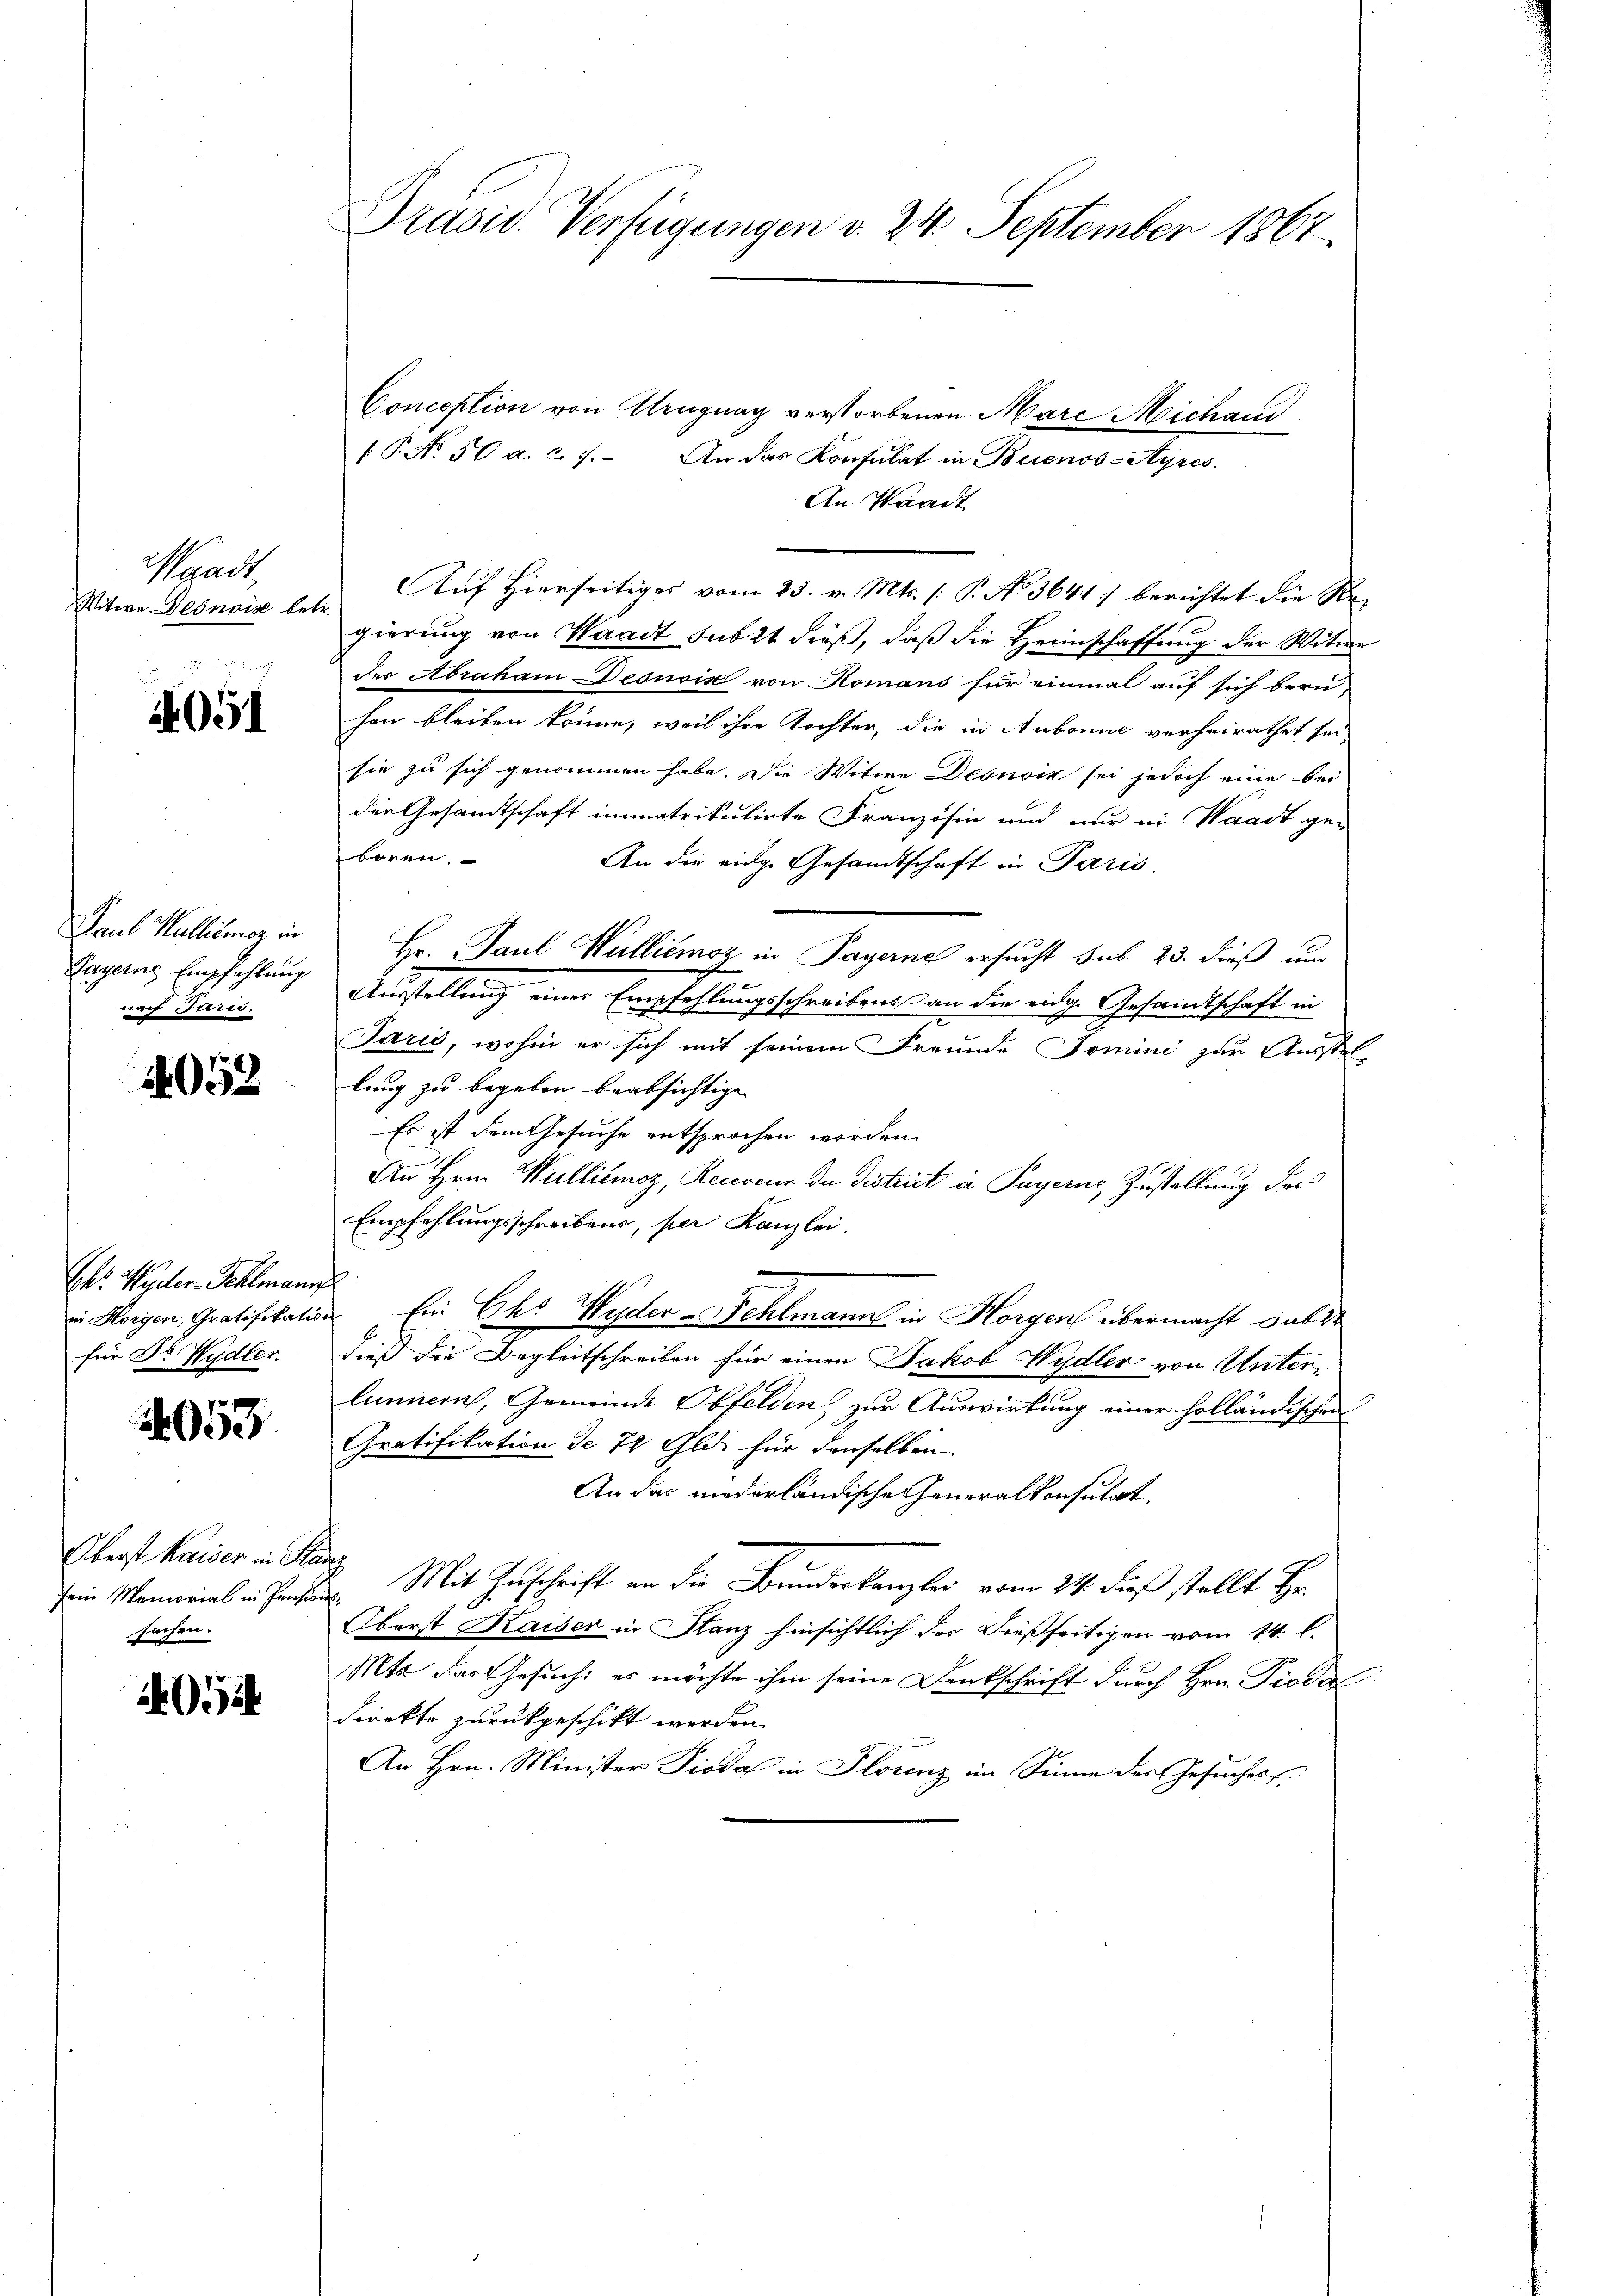
Waadt,
Witwe Desnois betr.

051

Paul Kallimoz in
Payern Empfehlung
nach Paris.

4052

El: Wider-Sehlmann
für Dr. Wydler.

2053

Oberst Kaiser in Kanz
sein Memorial in Pensio
sachen.

i

Präsid. Verfügungen v. 24. September 1867.

Conception von Uruguay verstorbenen Marc Michani
(P. Nr. 50 a. c. 7. An das Konsulat in Buenos-Ayres.
An Waadt
Auf Hierseitiges vom 25. v. Mts. (: P. No 3641) berichtet die Re-
gierung von Waadt subst dieß, daß die Heimschaffung der Witwe
des Abraham Desnois von Romans für einmal auf sich beru-
hen bleiben könne, weil ihre Tochter, die in Aubonne verheirathet sei,
sie zu sich genommen habe. Die Witwe Debnoin sei jedoch eine bei
der Gesamtschaft immatrikulirte Französin und nur in Waadt ge-
boren.
An die eidge Gesandtschaft in Paris.
Hr. Paul Walliémoz in Payerne ersucht sub 23. dieß um
e
Ausstellung eines Empfehlungsschreibens an die eidg. Gesandtschaft in
Jarić, wohin er sich mit seinem Freunde Domini zur Ausstel-
lung zu begeben beabsichtige
Es ist dem Gesuche entsprochen worden.
An Hrn. Walliémoz, Recoeur da district in Payerne Zustellung des
Empfehlungsschreibens, per Kanzlei.
i Horgen, Gratifikation. Ein Ehs Wyder Fehlmann in Horgen übermacht sub 22
dieß die Begleitschreiben für einen Jakob Wydler von Unterlunnern, Gemeinde Obfelden, zur Auswirkung einer holländischen
Gratifikation de 72 Glds für denselben
An das niederländische Generalkonsulat,
den. Mit Zuschrift an die Bunderkanzlei vom 24. dieß stellt Hr.
Oberst Kaiser in Stanz hinsichtlich der dießseitigen vom 14. l.
Mts. das Gesucht es möchte ihm seine Denkschrift durch Hrn. Pioda
direkte zurückgeschikt werden.
An Hrn. Minister Pioda in Florenz im Sinne der Gesuches